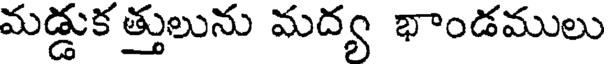
మడ్డుక త్తులును మద్య భాండములు